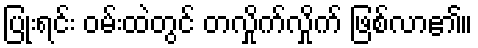
ပြုံးရင်း ဝမ်းထဲတွင် တလှိုက်လှိုက် ဖြစ်လာ၏။